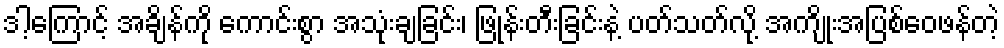
ဒါ့ကြောင့် အချိန်ကို ကောင်းစွာ အသုံးချခြင်း၊ ဖြုန်းတီးခြင်းနဲ့ ပတ်သတ်လို့ အကျိုးအပြစ်ဝေဖန်တဲ့